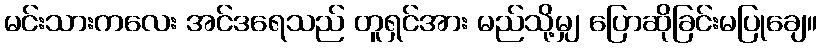
မင်းသားကလေး အင်ဒရေသည် တူရှင်အား မည်သို့မျှ ပြောဆိုခြင်းမပြုချေ။